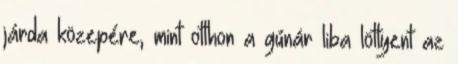
járda közepére, mint otthon a gúnár liba löttyent az